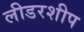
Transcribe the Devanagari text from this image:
लीडरशीप